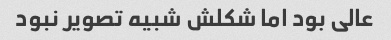
عالی بود اما شکلش شبیه تصویر نبود